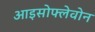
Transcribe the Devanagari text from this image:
आइसोफ्लेवोन